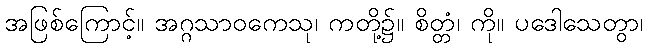
အဖြစ်ကြောင့်။ အဂ္ဂသာဝကေသု၊ ကတို့၌။ စိတ္တံ၊ ကို။ ပဒေါသေတွာ၊